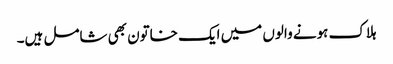
ہلاک ہونے والوں میں ایک خاتون بھی شامل ہیں۔